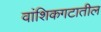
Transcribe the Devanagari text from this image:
वांशिकगटातील